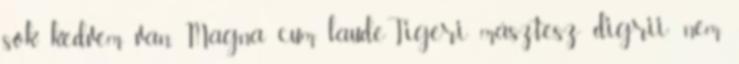
sok kedvem van. Magna cum laudeTigeri másztesz digrii: nem